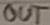
Text: OUT